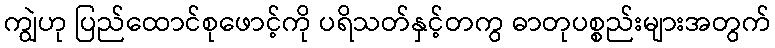
ကျွဲဟု ပြည်ထောင်စုဖောင့်ကို ပရိသတ်နှင့်တကွ ဓာတုပစ္စည်းများအတွက်